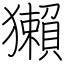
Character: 獺